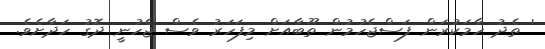
' ތެދު ހާމަކުރަން ފަސްޖެހުމުން ތޫބާއަށް މިފަހަރު ވެސް ޖެހުނީ ދޮގު ހަދާށެވެ.